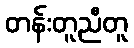
တန်းတူညီတူ